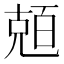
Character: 兡